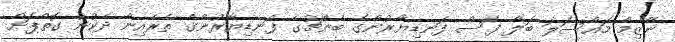
ނާޒިމް މައްސަލަ ބަލާ ފަސް ފަނޑިޔާރުންގެ ބެންޗުގެ ފަނޑިޔާރުންގެ ތެރެއިން ދެކުނު ގޮތްޕަށް